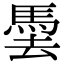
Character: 𩢧